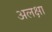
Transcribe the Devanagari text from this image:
अलक्षा